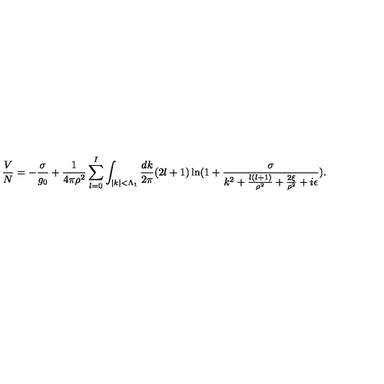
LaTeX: \frac { V } { N } = - \frac { \sigma } { g _ { 0 } } + \frac { 1 } { 4 \pi \rho ^ { 2 } } \sum _ { l = 0 } ^ { I } \int _ { | k | < \Lambda _ { 1 } } \frac { d k } { 2 \pi } ( 2 l + 1 ) \ln ( 1 + \frac { \sigma } { k ^ { 2 } + \frac { l ( l + 1 ) } { \rho ^ { 2 } } + \frac { 2 \xi } { \rho ^ { 2 } } + i \epsilon } ) .